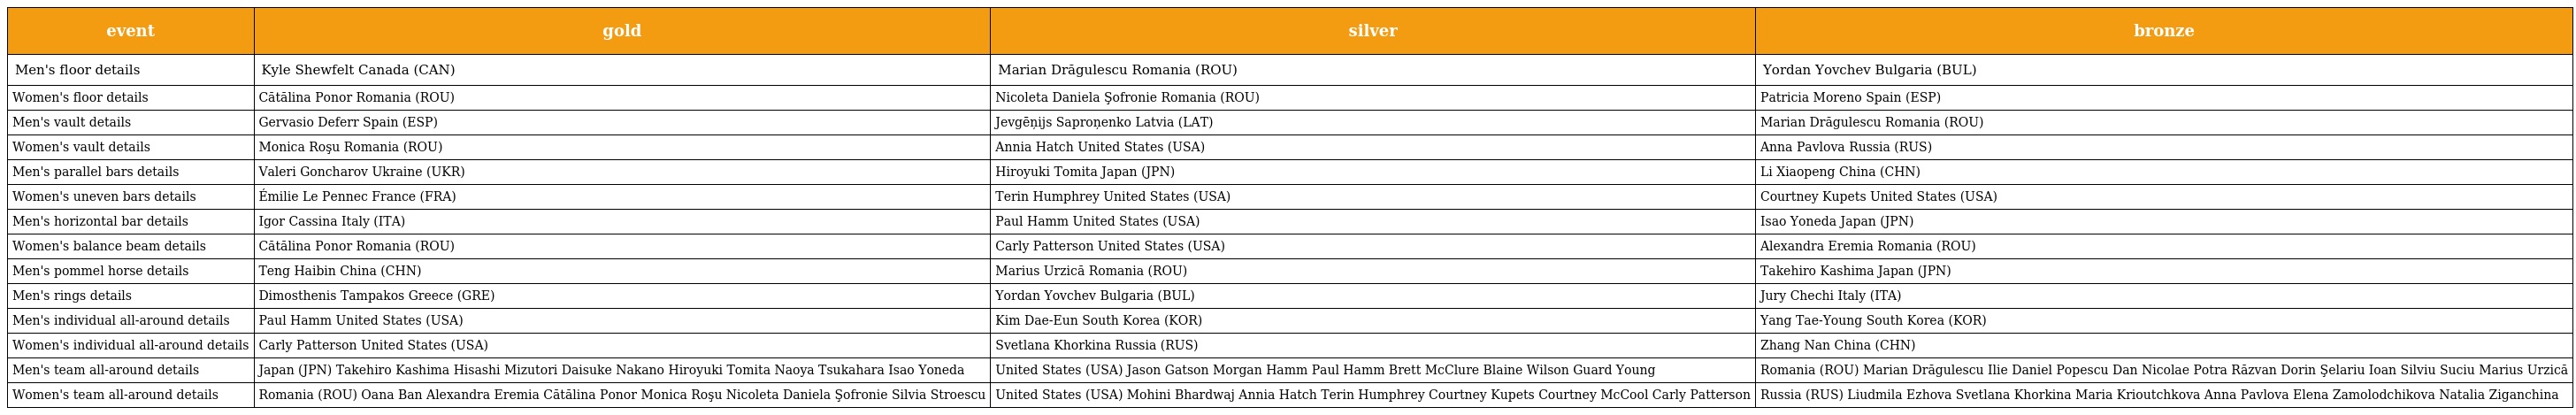
| event | gold | silver | bronze |
 | --- | --- | --- | --- |
 | Men's floor details | Kyle Shewfelt Canada (CAN) | Marian Drăgulescu Romania (ROU) | Yordan Yovchev Bulgaria (BUL) |
 | Women's floor details | Cătălina Ponor Romania (ROU) | Nicoleta Daniela Şofronie Romania (ROU) | Patricia Moreno Spain (ESP) |
 | Men's vault details | Gervasio Deferr Spain (ESP) | Jevgēņijs Saproņenko Latvia (LAT) | Marian Drăgulescu Romania (ROU) |
 | Women's vault details | Monica Roşu Romania (ROU) | Annia Hatch United States (USA) | Anna Pavlova Russia (RUS) |
 | Men's parallel bars details | Valeri Goncharov Ukraine (UKR) | Hiroyuki Tomita Japan (JPN) | Li Xiaopeng China (CHN) |
 | Women's uneven bars details | Émilie Le Pennec France (FRA) | Terin Humphrey United States (USA) | Courtney Kupets United States (USA) |
 | Men's horizontal bar details | Igor Cassina Italy (ITA) | Paul Hamm United States (USA) | Isao Yoneda Japan (JPN) |
 | Women's balance beam details | Cătălina Ponor Romania (ROU) | Carly Patterson United States (USA) | Alexandra Eremia Romania (ROU) |
 | Men's pommel horse details | Teng Haibin China (CHN) | Marius Urzică Romania (ROU) | Takehiro Kashima Japan (JPN) |
 | Men's rings details | Dimosthenis Tampakos Greece (GRE) | Yordan Yovchev Bulgaria (BUL) | Jury Chechi Italy (ITA) |
 | Men's individual all-around details | Paul Hamm United States (USA) | Kim Dae-Eun South Korea (KOR) | Yang Tae-Young South Korea (KOR) |
 | Women's individual all-around details | Carly Patterson United States (USA) | Svetlana Khorkina Russia (RUS) | Zhang Nan China (CHN) |
 | Men's team all-around details | Japan (JPN) Takehiro Kashima Hisashi Mizutori Daisuke Nakano Hiroyuki Tomita Naoya Tsukahara Isao Yoneda | United States (USA) Jason Gatson Morgan Hamm Paul Hamm Brett McClure Blaine Wilson Guard Young | Romania (ROU) Marian Drăgulescu Ilie Daniel Popescu Dan Nicolae Potra Răzvan Dorin Şelariu Ioan Silviu Suciu Marius Urzică |
 | Women's team all-around details | Romania (ROU) Oana Ban Alexandra Eremia Cătălina Ponor Monica Roşu Nicoleta Daniela Şofronie Silvia Stroescu | United States (USA) Mohini Bhardwaj Annia Hatch Terin Humphrey Courtney Kupets Courtney McCool Carly Patterson | Russia (RUS) Liudmila Ezhova Svetlana Khorkina Maria Krioutchkova Anna Pavlova Elena Zamolodchikova Natalia Ziganchina |